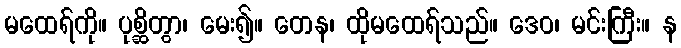
မထေရ်ကို။ ပုစ္ဆိတွာ၊ မေး၍။ တေန၊ ထိုမထေရ်သည်။ ဒေဝ၊ မင်းကြီး။ န